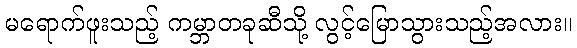
မရောက်ဖူးသည့် ကမ္ဘာတခုဆီသို့ လွင့်မြောသွားသည့်အလား။